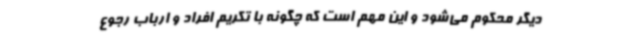
دیگر محکوم می‌شود و این مهم است که چگونه با تکریم افراد و ارباب رجوع